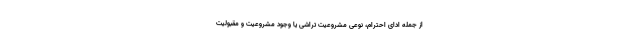
از جمله ادای احترام، نوعی مشروعیت تراشی یا وجود مشروعیت و مقبولیت